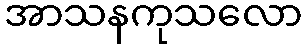
အာသနကုသလော